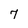
Character: 7